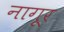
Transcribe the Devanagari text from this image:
नागूर